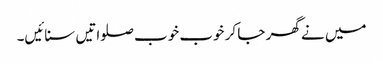
میں نے گھر جا کر خوب خوب صلواتیں سنائیں۔